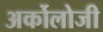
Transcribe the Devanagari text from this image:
अर्कोलोजी